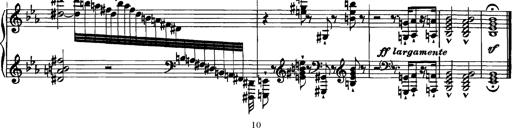
Title: Grandes Etudes
Composer: Franz Liszt